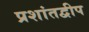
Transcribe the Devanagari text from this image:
प्रशांतद्वीप